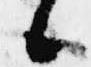
候